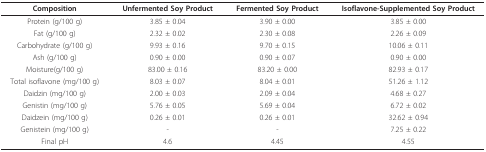
<table><thead><tr><td><b>Composition</b></td><td><b>Unfermented Soy Product</b></td><td><b>Fermented Soy Product</b></td><td><b>Isoflavone-Supplemented Soy Product</b></td></tr></thead><tbody><tr><td>Protein (g/100 g)</td><td>3.85 ± 0.04</td><td>3.90 ± 0.00</td><td>3.85 ± 0.00</td></tr><tr><td>Fat (g/100 g)</td><td>2.32 ± 0.02</td><td>2.30 ± 0.08</td><td>2.26 ± 0.09</td></tr><tr><td>Carbohydrate (g/100 g)</td><td>9.93 ± 0.16</td><td>9.70 ± 0.15</td><td>10.06 ± 0.11</td></tr><tr><td>Ash (g/100 g)</td><td>0.90 ± 0.00</td><td>0.90 ± 0.07</td><td>0.90 ± 0.00</td></tr><tr><td>Moisture(g/100 g)</td><td>83.00 ± 0.16</td><td>83.20 ± 0.00</td><td>82.93 ± 0.17</td></tr><tr><td>Total isoflavone (mg/100 g)</td><td>8.03 ± 0.07</td><td>8.04 ± 0.01</td><td>51.26 ± 1.12</td></tr><tr><td>Daidzin (mg/100 g)</td><td>2.00 ± 0.03</td><td>2.09 ± 0.04</td><td>4.68 ± 0.27</td></tr><tr><td>Genistin (mg/100 g)</td><td>5.76 ± 0.05</td><td>5.69 ± 0.04</td><td>6.72 ± 0.02</td></tr><tr><td>Daidzein (mg/100 g)</td><td>0.26 ± 0.01</td><td>0.26 ± 0.01</td><td>32.62 ± 0.94</td></tr><tr><td>Genistein (mg/100 g)</td><td>-</td><td>-</td><td>7.25 ± 0.22</td></tr><tr><td>Final pH</td><td>4.6</td><td>4.45</td><td>4.55</td></tr></tbody></table>